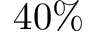
4 0 \%